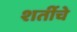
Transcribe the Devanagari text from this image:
शर्तीचे